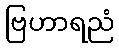
ဗြဟာရညံ